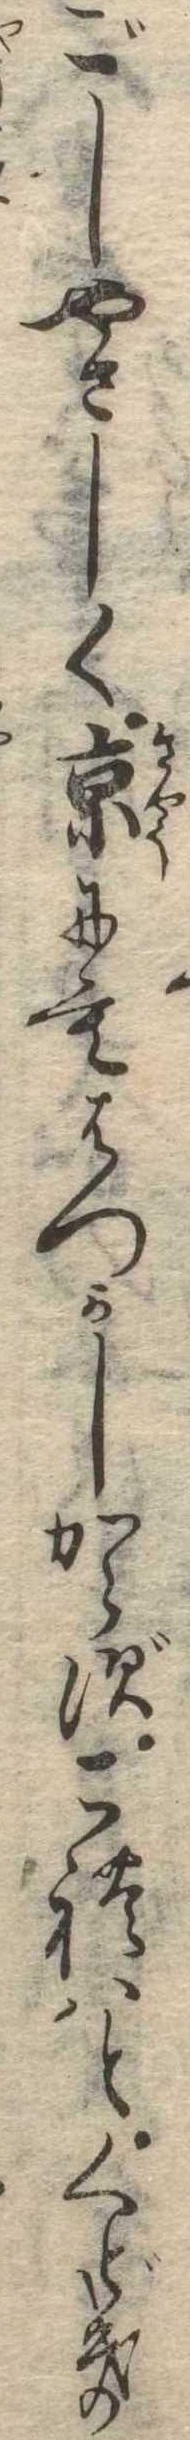
ごしやさしく京にもはつかしからずこれはとくどき